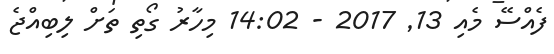
ފެއްސޭ މެއި 13